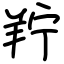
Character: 羜